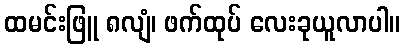
ထမင်းဖြူ ၈လျံ၊ ဖက်ထုပ် လေးခုယူလာပါ။